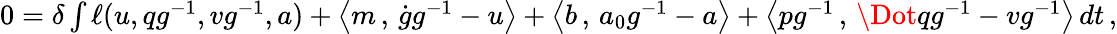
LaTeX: \begin{array}{r}{0=\delta\int\ell(u,qg^{-1},vg^{-1},a)+\left<m\, ,\, \dot{g}g^{-1}-u\right>+\left<b\, ,\, a_{0}g^{-1}-a\right>+\left<pg^{-1}\, ,\, \Dot{q}g^{-1}-vg^{-1}\right>\, dt\, ,}\end{array}